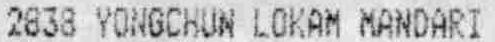
2838 YONGCHUN LOKAM MANDARI